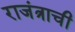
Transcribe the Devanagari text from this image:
राजंत्राची